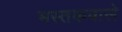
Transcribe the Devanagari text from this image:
मस्तकवाले